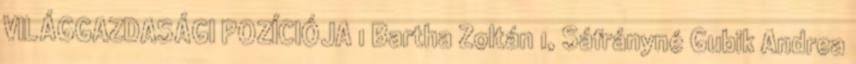
VILÁGGAZDASÁGI POZÍCIÓJA 1 Bartha Zoltán 1, Sáfrányné Gubik Andrea